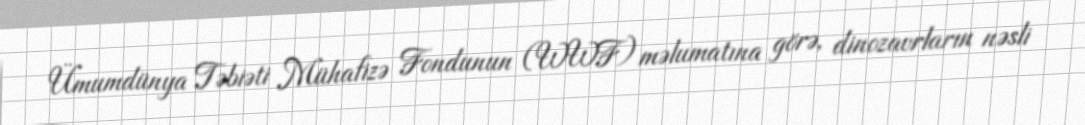
Ümumdünya Təbiəti Mühafizə Fondunun (WWF) məlumatına görə, dinozavrların nəsli